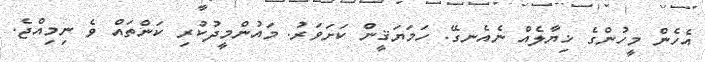
އެހެން މީހުންގެ ޚިޔާލެއް ނެއެނގޭ. ހަމަޔަޤީން ކަށަވަރު. މައުންމީދުކުރި ކަންތައް ވެ ނިމިއްޖެ.